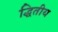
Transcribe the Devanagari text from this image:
द्धितीय